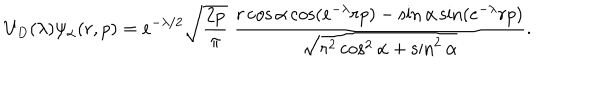
U _ { D } ( \lambda ) \psi _ { \alpha } ( r , p ) = e ^ { - \lambda / 2 } \sqrt { \frac { 2 p } { \pi } } \ \frac { r \cos \alpha \cos ( e ^ { - \lambda } r p ) - \sin \alpha \sin ( e ^ { - \lambda } r p ) } { \sqrt { r ^ { 2 } \cos ^ { 2 } \alpha + \sin ^ { 2 } \alpha } } .